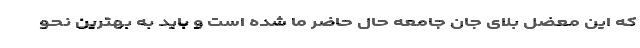
که این معضل بلای جان جامعه حال حاضر ما شده است و باید به بهترین نحو